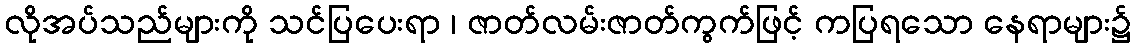
လိုအပ်သည်များကို သင်ပြပေးရာ ၊ ဇာတ်လမ်းဇာတ်ကွက်ဖြင့် ကပြရသော နေရာများ၌